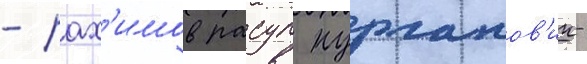
- рах'имов расул нурланов'ич-